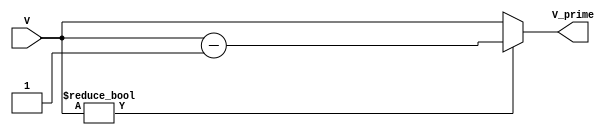
module subtractor( input [14:0] V, output reg [14:0] V_prime);
    always @* begin
        if(V != 8'b00000000) begin
            V_prime <= V - 1;
        end
        else begin
            V_prime <= V;
        end
    end
endmodule